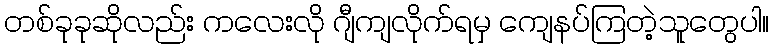
တစ်ခုခုဆိုလည်း ကလေးလို ဂျီကျလိုက်ရမှ ကျေနပ်ကြတဲ့သူတွေပါ။